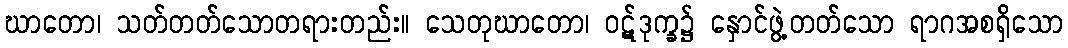
ဃာတော၊ သတ်တတ်သောတရားတည်း။ သေတုဃာတော၊ ဝဋ်ဒုက္ခ၌ နှောင်ဖွဲ့တတ်သော ရာဂအစရှိသော